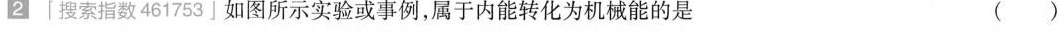
2「搜索指数461753」如图所示实验或事例，属于内能转化为机械能的是 ( )